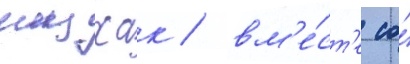
ицхак / вм'е́ст'е со́